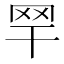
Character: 䍑